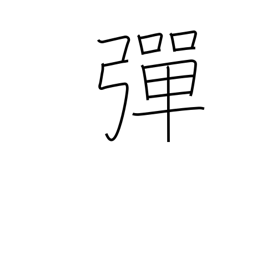
Meaning: bullet